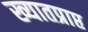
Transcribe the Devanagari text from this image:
ख्यातप्राप्त